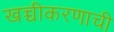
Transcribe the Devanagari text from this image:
खच्चीकरणाची